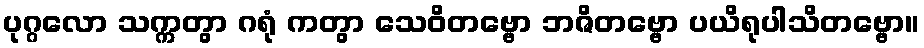
ပုဂ္ဂလော သက္ကတွာ ဂရုံ ကတွာ သေဝိတဗ္ဗော ဘဇိတဗ္ဗော ပယိရုပါသိတဗ္ဗော။